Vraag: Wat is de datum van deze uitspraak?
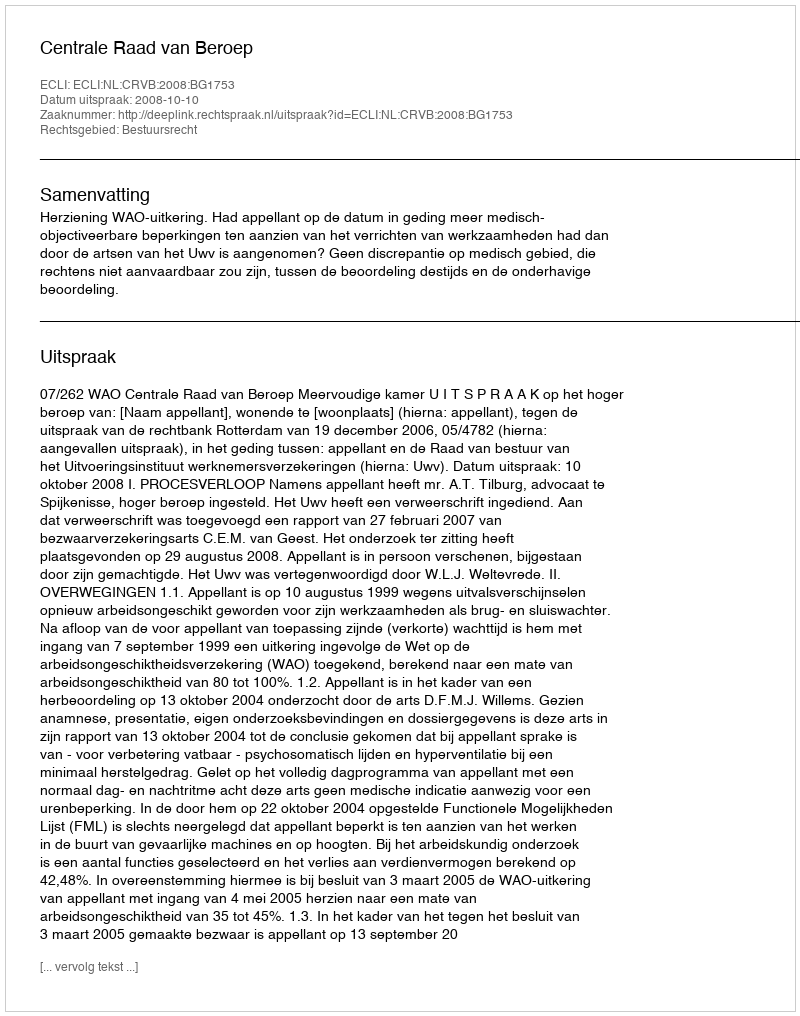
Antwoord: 2008-10-10